Report of the King Institute of Preventive Medicine, Guindy
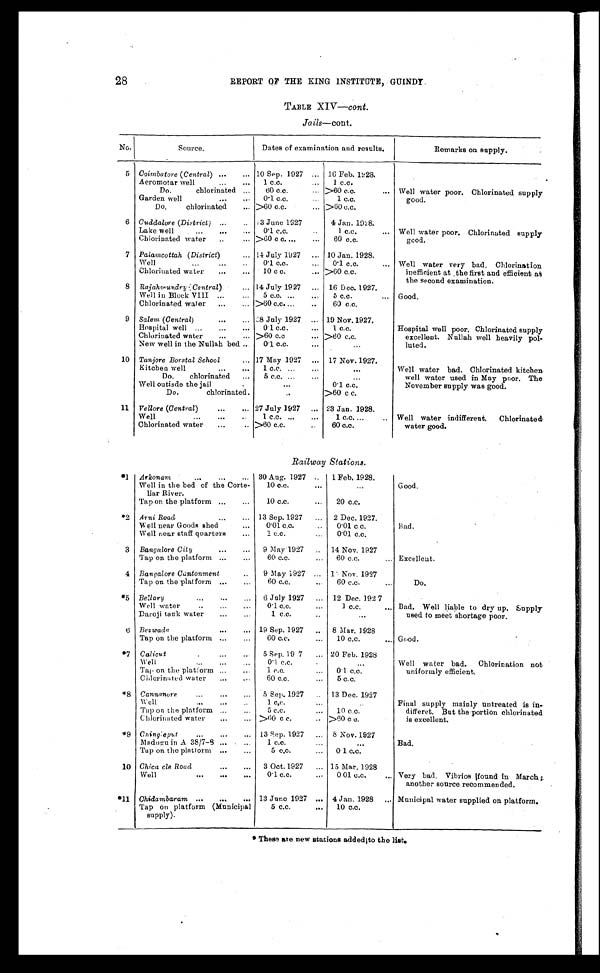
28
REPORT OF THE KING INSTITUTE, GUINDY
TABLE XIV— cont .
Jail s—cont.
No.
Source.
Dates of examination and results.
Remarks on supply.
5
Coimbatore ( Central ) . . .
10 Sep. 1927 . . . 16 Feb. 1928.
Well water poor. Chlorinated supply
good.
1 c . c . . . .
1 c.c.
Aeromotar well . . .
>60 c.c. . . .
Do. chlorinated . . .
60 c.c. . . .
0.1. c.c. . . .
1 c.c.
Garden well . . .
>60 c.c. . . . >60 c.c.
Do.
chlorinated
. . .
6 Cuddalore (District ) . . .
13 June 1927
4 Jan. 1928.
Well water poor. Chlorinated supply
good.
0.1 c.c. . . .
1 c.c. . . .
Lake well . . .
>60 c c. . . .
60 c.c.
Chlorinated water . . .
7 Palamcottah ( District) . . .
14 July 1927 . . . 10 Jan. 1928.
Well water very bad. Chlorination
inefficient at the first and efficient at
the second examination.
0.1 c.c. . . .
Well . . .
0.1 c.c. . . .
Chlorinated water . . .
10 c c. . . . >60 c.c.
8 Rajahmundry (Central) . . .
14 July 1927 . . . 16 Dec. 1927.
Good.
5 c . c . . . .
5 c.c. . . .
Well in Block VIII . . .
60 c.c.
Chlorinated water . . .
>60 c.c. . . .
9 Salem ( Central ) . . .
28 July 1927 . . .
19 Nov. 1927.
Hospital well poor. Chlorinated supply
excellent. Nullah well heavily pol
-luted.
0.1 c.c. . . .
1 c.c.
Hospital well . . .
>60 c.c . . . >60 c.c.
Chlorinated water . . .
New well in the Nullah bed . . .
0.1 c.c. . . .
. . .
10 Tanjore Borstal School . . .
17 May 1927 . . . 17 Nov. 1927.
Well water bad. Chlorinated kitchen
well water used in May poor. The
November supply was good.
1 c.c. . . .
Kitchen well . . .
. . .
5 c.c. . . .
Do. chlorinated . . .
. . .
Well outisde the jail . . .
. . .
0.1 c.c.
>60 c c.
Do. chlorinated.
. . .
11 Vellore (Central ) . . .
27 July 1927. . . 23 Jan. 1928.
Well water indifferent.
Chlorinated
water good.
1 c.c. . . .
1 c . c . . . .
Well . . .
Chlorinated water . . .
> 6 0 c . c . . . .
60 c.c.
Railway Stations.
*1
Arkonam . . .
30 Aug. 1927 . . . 1 Feb. 1928.
Good.
. . .
10 c.c. . . .
Well in the bed of the Corte
-liar River.
10 c.c. . . .
20 c.c.
Tap on the platform . . .
*2 Anni Road . . .
13 Sep. 1927 . . . 2 Dec. 1927.
Bad.
0 . 0 1 c . c . . . .
0.01 c c.
Well near Goods shed . . .
Well near staff quarters . . .
1 c . c . . . .
0.01 c.c.
3 Bangalore City . . .
9 May 1927 . . . 14 Nov. 1927
Excellent.
Tap on the platform . . .
6 0 c . c . . . .
60 c.c. . . .
4 Bangalore Cantonment . . .
9 May 1927 . . .
13 Nov. 1927
Do.
60 c.c. . . .
60 c.c. . . .
Tap on the platform . . .
*5 Bellary . . .
6 July 1927 . . . 12 Dec. 1927
Bad. Well liable to dry up. Supply
used to meet shortage poor.
0.1 c.c. . . .
1 c.c. . . .
Well water . . .
Daroji tank water . . .
1 c.c. . .
. . .
6 Bezwada . . .
19 Sep. 1927 . .
8 Mar. 1928
Good.
60 c.c. . . .
10 c.c. . . .
Tap on the platform . . .
*7 Calicut . . .
5 Sep. 1927 . . . 20 Feb. 1928
Well water bad.
Chlorination not
uniformly efficient.
0 . 1 c . c . . . .
. . .
Well . . .
1 c . c . . . .
0.1 c.c.
Tap on the platform . . .
5 c.c.
60 c.c.
...
Chlorinated water . . .
*8 Cannanore . . .
5 Sep. 1927
13 Dec. 1927
Final Supply mainly untreated is in-
differet. But the portion chlorinated
is excellent.
Well . . .
1 c,c.
. . .
10 c.c.
Tap on the platform . . .
5 c.c. . . .
>60 c c.
>60 c c. . . .
Chlorinated water . . .
*9 Chingleput . . .
13 Sep. 1927 . . . 8 Nov. 1927
Bad.
1 c.c. . . .
. . .
Maduguin A 38/7-8 . . .
5 c . c . . . .
0.1 c.c.
Tap on the platform . . .
10 Chica cle Road . . .
3 Oct. 1927 . . . 15 Mar. 1928
Very bad. Vibrios found in March;
another source recommended.
0.1 c.c. . . .
0.01 c.c. . . .
Well . . .
* 1 1 Chidambaram . . .
13 June 1927 . . . 4 Jan. 1928 . . .
Municipal water supplied on platform.
5 c.c. . . .
10 c.c.
Tap on platform (Municipal
supply).
* These are new stations added to the list.